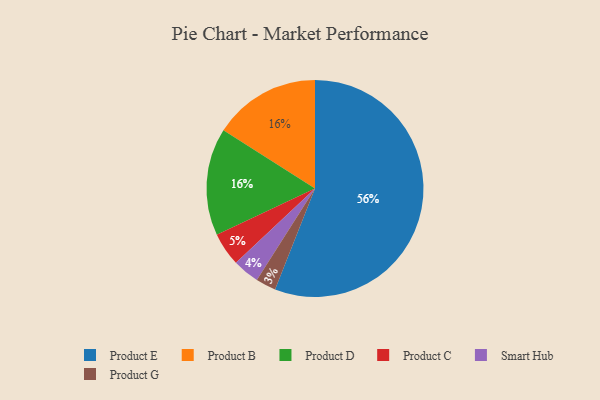
{"axis": {"x": "Category", "y": "Percentage"}, "legend": ["Product B", "Product C", "Product D", "Product E", "Product G", "Smart Hub"], "data": [{"x": "Product B", "y": 16, "type": "Product B"}, {"x": "Product C", "y": 5, "type": "Product C"}, {"x": "Product D", "y": 16, "type": "Product D"}, {"x": "Smart Hub", "y": 4, "type": "Smart Hub"}, {"x": "Product G", "y": 3, "type": "Product G"}, {"x": "Product E", "y": 56, "type": "Product E"}]}